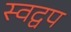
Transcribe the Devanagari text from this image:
स्वद्वप